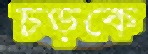
চড়কে